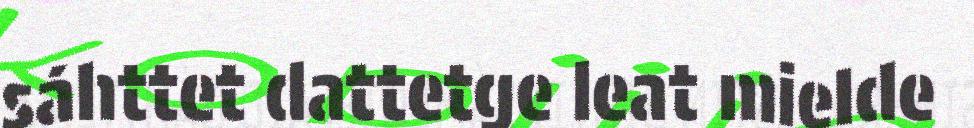
sáhttet dattetge leat mielde